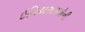
ઈતિહાસકારોની